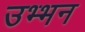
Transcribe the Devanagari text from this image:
उभ्भन